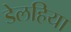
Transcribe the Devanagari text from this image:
डेलहिया